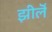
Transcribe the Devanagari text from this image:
झीलॆं